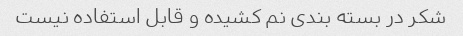
شکر در بسته بندی نم کشیده و قابل استفاده نیست